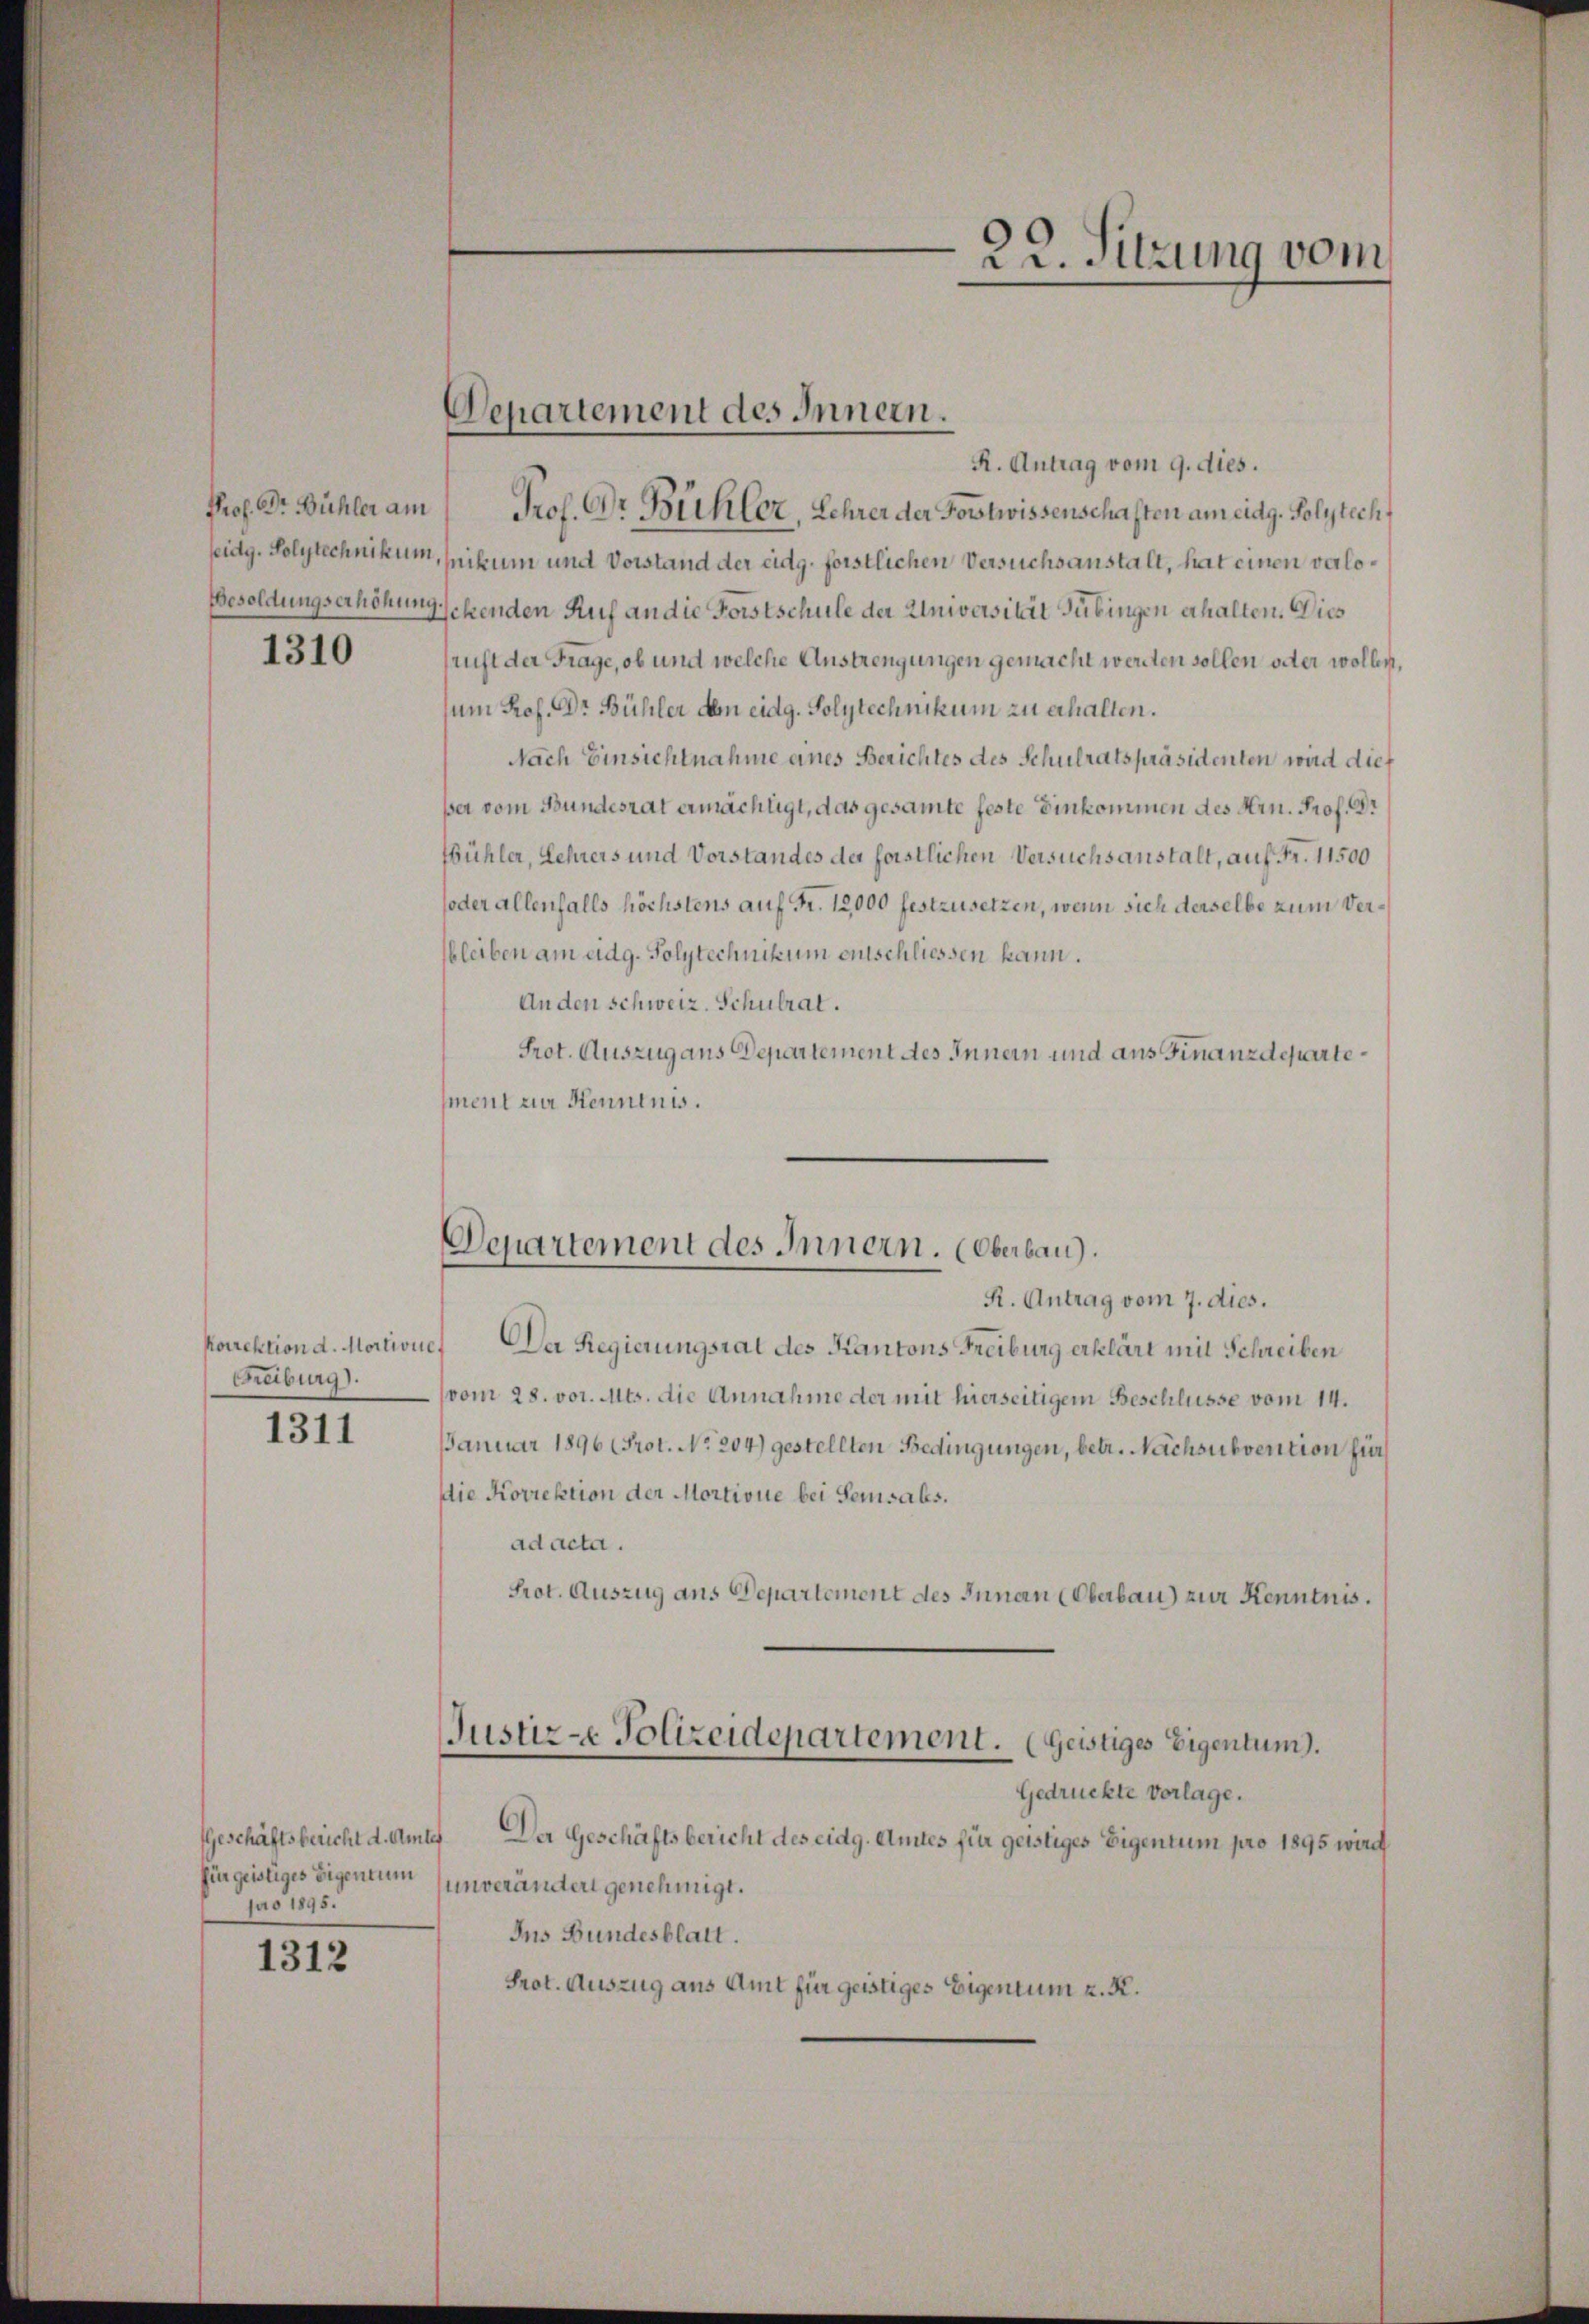
Prof. Dr. Bühler am

1310

korrektion d. Mortion
Freiburg).

1311

Geschäftsbericht d. Am
für geistiges Eigentum
pao 1895.

1312

R. Antrag vom 9. dies.
Prof. Dr. Bühler, Lehrer der Fortwissenschaften am eidg. Polytechseidg. Polytechnikum, pikum und Vorstand der eidg. förstlichen Versuchsanstalt, hat einen verlo¬
Besoldungserhöhungehenden Auf an die Forstschule der Universität Tübingen erhalten. Dies
ruft der Frage, ob und welche Anstrengungen gemacht werden sollen oder wollen,
um Prof. Dr Bühler den eidg. Polytechnikum zu erhalten.
Nach Einsichtnahme eines Berichtes des Schulratspräsidenten wird dies
ßer vom Bundesrat ermächtigt, das gesamte feste Einkommen des Hrn. Prof. Dr
Bühler, Lehrers und Vorstandes der forstlichen Versuchsanstalt, auf Fr. 11500
oder allenfalls höchstens auf Fr. 12,000 festzusetzen, wenn sich derselbe zum Verbleiben am eidg. Polytechnikum einschliessen kann.
Anden schweiz. Schulrat.
Prot. Auszug ans Departement des Innern und aus Finanzdepartement zur Kenntnis.

Departement des Innern.

Departement des Innern. (Oberbau).

22. Sitzung vom

R. Antrag vom 7. dies.
17
Da Regierungsrat des Kantons Freiburg erklärt mit Schreiben
vom 28. vor. Mts. die Annahme der mit hierseitigem Beschlüsse vom 14.
Januar 1896 (Prot. No. 204) gestellten Bedingungen, betr. Nachsubvention für
die Korrektion der Mortione bei Semsals.
ad acta.
Prot. Auszug aus Departement des Innan (Oberbau) zur Kenntnis.
Justiz-e Polizeidepartement. (Geistiges Eigentum).
Gedrückte Vorlage.
des
Der Geschäftsbericht des eidg. Amtes für geistiges Eigentum pro 1895 wird
unverändert genehmigt.
Ins Bundesblatt.
Prot. Auszug aus Amt für geistiges Eigentum z. R.